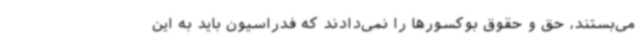
می‌بستند، حق و حقوق بوکسورها را نمی‌دادند که فدراسیون باید به این